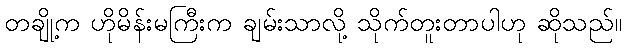
တချို့က ဟိုမိန်းမကြီးက ချမ်းသာလို့ သိုက်တူးတာပါဟု ဆိုသည်။